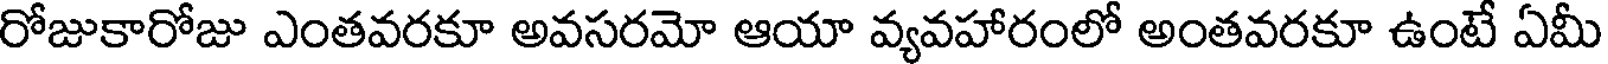
రోజుకారోజు ఎంతవరకూ అవసరమో ఆయా వ్యవహారంలో అంతవరకూ ఉంటే ఏమీ